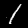
Label: 1